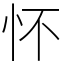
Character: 怀